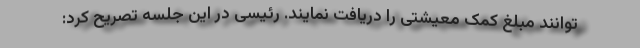
توانند مبلغ کمک معیشتی را دریافت نمایند. رئیسی در این جلسه تصریح کرد: